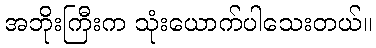
အဘိုးကြီးက သုံးယောက်ပါသေးတယ်။